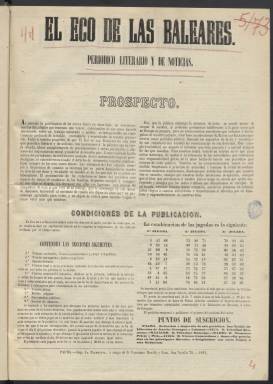
Título: El Eco de las Baleares
Colección: Periódicos
Ámbito geográfico: Baleares
Lugar de publicación: Palma
Fechas: 01/12/1861-30/08/1862